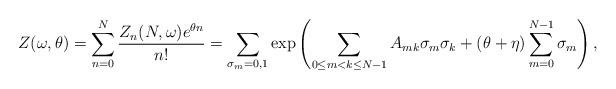
LaTeX: \begin{align*}Z(\omega,\theta)=\sum_{n=0}^N \frac{Z_n(N,\omega)e^{\theta n}}{n!} =\sum_{\sigma_m=0,1} \exp \left( \sum_{0 \le m<k \le N-1}A_{mk}\sigma_m\sigma_k+(\theta+\eta) \sum_{m=0}^{N-1} \sigma_m \right),\end{align*}